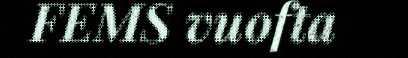
FEMS vuofta